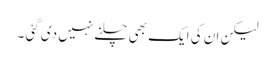
لیکن ان کی ایک بھی چلنے نہیں دی گئی ۔